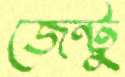
জেন্টু